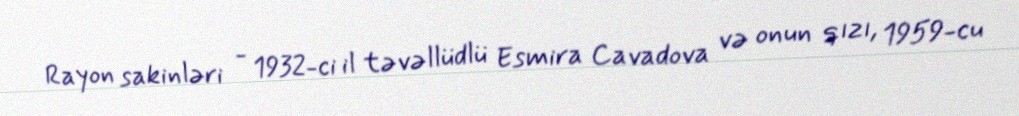
Rayon sakinləri - 1932-ci il təvəllüdlü Esmira Cavadova və onun qızı, 1959-cu